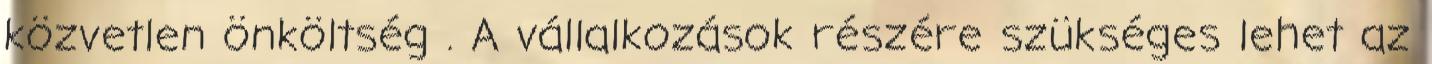
közvetlen önköltség . A vállalkozások részére szükséges lehet az